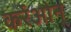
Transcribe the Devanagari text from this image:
कर्रेओन्